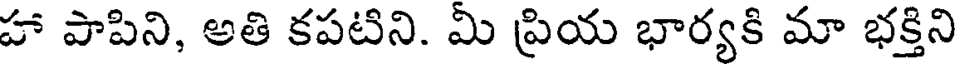
హా పాపిని, అతి కపటిని. మి ప్రియ భార్యకి మా భక్తిని